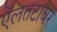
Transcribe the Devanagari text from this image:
ऐलतटावर